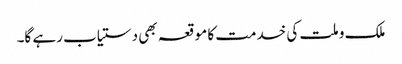
ملک و ملت کی خدمت کا موقعہ بھی دستیاب رہے گا۔